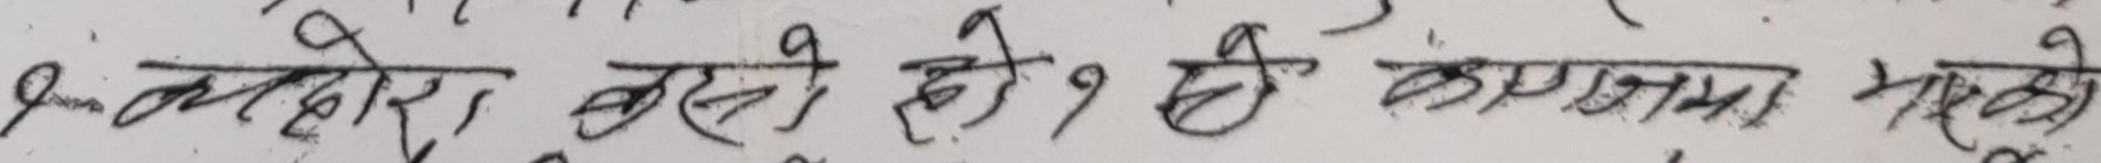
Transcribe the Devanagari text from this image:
१– कटारो बसे हो १ कै काममा रहेको